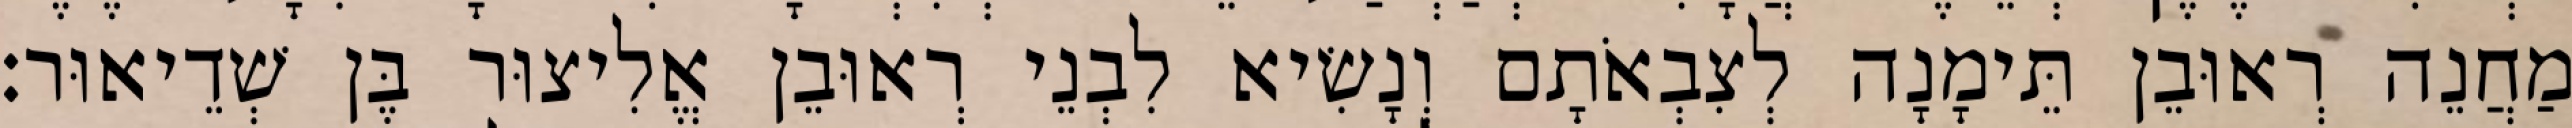
מַחֲנֵה רְאוּבֵן תֵּימָנָה לְצִבְאֹתָם וְנָשִׂיא לִבְנֵי רְאוּבֵן אֱלִיצוּר בֶּן שְׁדֵיאוּר׃